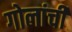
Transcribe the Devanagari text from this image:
गोलांची